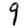
Digit: 9